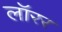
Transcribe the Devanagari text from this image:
लॉरर